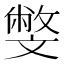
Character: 𣁢